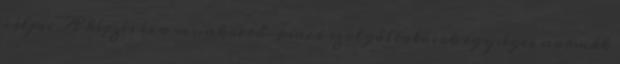
céljai A képzés és a munkaerő-piaci szolgáltatások egységes normák